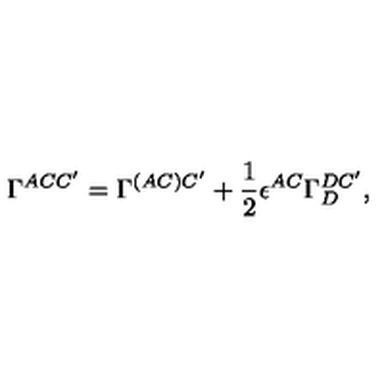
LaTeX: \Gamma ^ { A C C ^ { \prime } } = \Gamma ^ { ( A C ) C ^ { \prime } } + { \frac { 1 } { 2 } } \epsilon ^ { A C } \Gamma _ { D } ^ { D C ^ { \prime } } ,